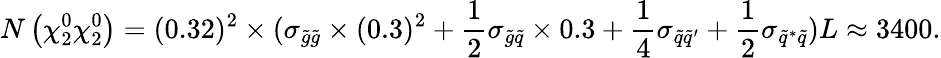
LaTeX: N\left(\chi_{2}^{0}\chi_{2}^{0}\right)=(0.32)^{2}\times(\sigma_{\tilde{g}\tilde{g}}\times(0.3)^{2}+\frac{1}{2}\sigma_{\tilde{g}\tilde{q}}\times 0.3+\frac{1}{4}\sigma_{\tilde{q}\tilde{q}^{\prime}}+\frac{1}{2}\sigma_{\tilde{q}^{\ast}\tilde{q}})L\approx 3400.